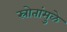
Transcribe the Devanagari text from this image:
स्रोतांमुळे